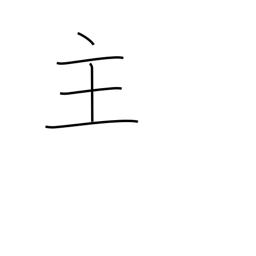
Meaning: main thing